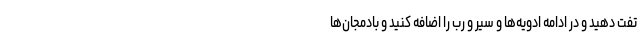
تفت دهید و در ادامه ادویه‌ها و سیر و رب را اضافه کنید و بادمجان‌ها